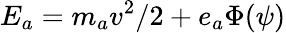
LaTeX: E_{a}=m_{a}v^{2}/2+e_{a}\Phi(\psi)